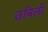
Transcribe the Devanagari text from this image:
छबिली